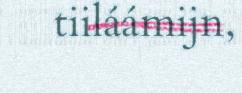
tiiláámijn,